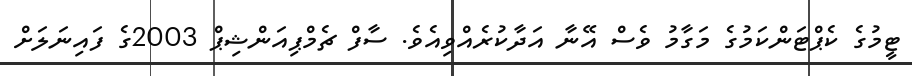
ޓީމުގެ ކެޕްޓަންކަމުގެ މަގާމު ވެސް އޭނާ އަދާކުރެއްވިއެވެ. ސާފް ޗެމްޕިއަންޝިޕް 2003ގެ ފައިނަލަށް